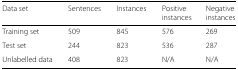
| Data set | Sentences | Instances | Positive instances | Negative instances |
 | --- | --- | --- | --- | --- |
 | Training set | 509 | 845 | 576 | 269 |
 | Test set | 244 | 823 | 536 | 287 |
 | Unlabelled data | 408 | 823 | N/A | N/A |